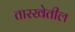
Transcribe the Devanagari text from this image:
तारखेतील